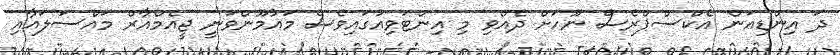
ދަ އިންޑިއަން އެކްސްޕްރެސް ނޫހަށް ދެއްވި މި އިންޓަވިއުގައިވެސް މައުމޫންވަނީ ޖީއެމްއާރް މައްސަލައާއި